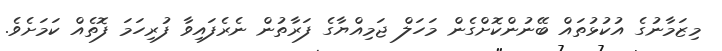
މިޒަމާނުގެ އުކުޅުތައް ބޭނުންކޮށްގެން މަހަލް ޖަމިއްޔާގެ ފަރާތުން ނެރެފައިވާ ފުރިހަމަ ފޮތެއް ކަމަށެވެ.